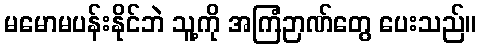
မမောမပန်းနိုင်ဘဲ သူ့ကို အကြံဉာဏ်တွေ ပေးသည်။